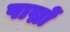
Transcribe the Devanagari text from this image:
पाद्मों